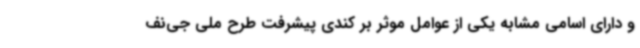
و دارای اسامی مشابه یکی از عوامل موثر بر کندی پیشرفت طرح ملی جی‌نف